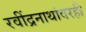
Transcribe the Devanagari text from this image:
रवींद्रनाथांवरही